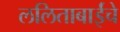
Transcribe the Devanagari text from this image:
ललिताबाईंचे